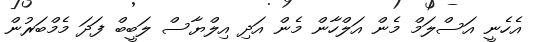
އެހެނީ އަސްލަމް މެން އަލްހާން މެން އަދި އިލްޔާސް ލަބީބް ފަދަ މެމްބަރުން